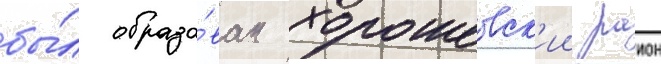
бы́л образо́ван хорошевск'ии раион